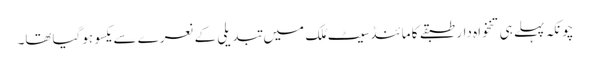
چونکہ پہلے ہی تنخواہ دار طبقے کا مائنڈسیٹ مُلک میں تبدیلی کے نعرے سے یکسو ہوگیاتھا۔